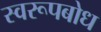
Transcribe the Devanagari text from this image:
स्वरूपबोध